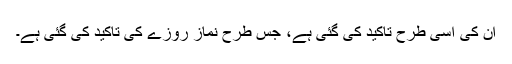
ان کی اسی طرح تاکید کی گئی ہے، جس طرح نماز روزے کی تاکید کی گئی ہے۔